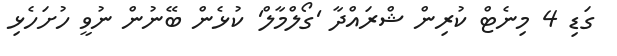
ގަޑި 4 މިނެޓް ކުރިން ޝްރައްދާ 'ގޯލްމާލް' ކުޅެން ބޭނުން ނުވީ ހުށަހެޅި